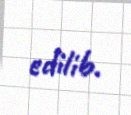
edilib.